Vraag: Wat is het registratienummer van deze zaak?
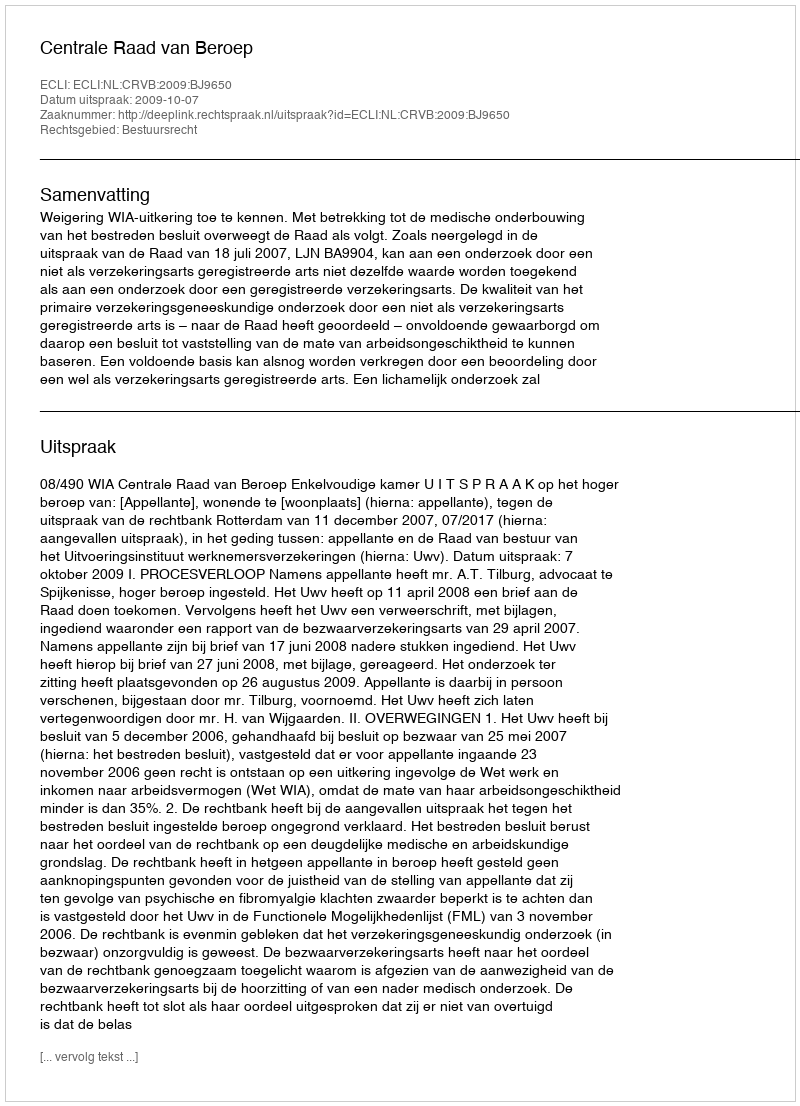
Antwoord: http://deeplink.rechtspraak.nl/uitspraak?id=ECLI:NL:CRVB:2009:BJ9650